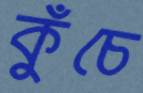
কুঁচে